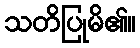
သတိပြုမိ၏။